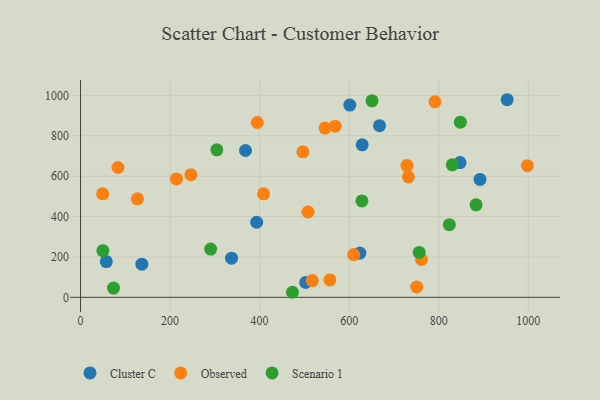
{"axis": {"x": "Experience", "y": "Salary"}, "legend": ["Cluster C", "Observed", "Scenario 1"], "data": [{"x": "368.5", "y": 727.2, "type": "Cluster C"}, {"x": "57.6", "y": 177.3, "type": "Cluster C"}, {"x": "847.7", "y": 667.3, "type": "Cluster C"}, {"x": "137.1", "y": 164.4, "type": "Cluster C"}, {"x": "629.2", "y": 755.2, "type": "Cluster C"}, {"x": "502.9", "y": 73.4, "type": "Cluster C"}, {"x": "952.9", "y": 978.6, "type": "Cluster C"}, {"x": "624.0", "y": 219.0, "type": "Cluster C"}, {"x": "667.9", "y": 850.0, "type": "Cluster C"}, {"x": "393.5", "y": 371.9, "type": "Cluster C"}, {"x": "601.5", "y": 952.2, "type": "Cluster C"}, {"x": "337.4", "y": 194.2, "type": "Cluster C"}, {"x": "892.3", "y": 583.8, "type": "Cluster C"}, {"x": "214.3", "y": 586.2, "type": "Observed"}, {"x": "127.2", "y": 487.8, "type": "Observed"}, {"x": "729.2", "y": 652.6, "type": "Observed"}, {"x": "83.6", "y": 643.1, "type": "Observed"}, {"x": "508.1", "y": 422.5, "type": "Observed"}, {"x": "395.0", "y": 865.7, "type": "Observed"}, {"x": "246.6", "y": 607.0, "type": "Observed"}, {"x": "751.0", "y": 51.1, "type": "Observed"}, {"x": "49.4", "y": 513.1, "type": "Observed"}, {"x": "568.8", "y": 847.4, "type": "Observed"}, {"x": "791.6", "y": 968.1, "type": "Observed"}, {"x": "546.1", "y": 838.0, "type": "Observed"}, {"x": "732.2", "y": 596.8, "type": "Observed"}, {"x": "496.7", "y": 720.6, "type": "Observed"}, {"x": "761.7", "y": 187.5, "type": "Observed"}, {"x": "408.9", "y": 512.6, "type": "Observed"}, {"x": "998.1", "y": 651.8, "type": "Observed"}, {"x": "610.1", "y": 211.8, "type": "Observed"}, {"x": "517.6", "y": 83.0, "type": "Observed"}, {"x": "557.0", "y": 86.5, "type": "Observed"}, {"x": "290.7", "y": 239.1, "type": "Scenario 1"}, {"x": "628.6", "y": 477.3, "type": "Scenario 1"}, {"x": "848.4", "y": 867.5, "type": "Scenario 1"}, {"x": "73.8", "y": 46.0, "type": "Scenario 1"}, {"x": "304.5", "y": 730.4, "type": "Scenario 1"}, {"x": "830.4", "y": 656.1, "type": "Scenario 1"}, {"x": "651.1", "y": 973.4, "type": "Scenario 1"}, {"x": "50.0", "y": 231.3, "type": "Scenario 1"}, {"x": "473.4", "y": 25.1, "type": "Scenario 1"}, {"x": "883.5", "y": 458.0, "type": "Scenario 1"}, {"x": "823.8", "y": 359.7, "type": "Scenario 1"}, {"x": "756.5", "y": 222.6, "type": "Scenario 1"}]}